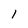
Character: 1